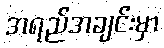
အရည်အချင်းမှာ